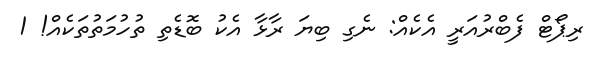
ރިޕޯޓް ފެބްރުއަރީ އެކެއް: ނެގި ބިޔަ ރާޅާ އެކު ބޮޑެތި ތުހުމަތުތަކެއް! 1